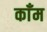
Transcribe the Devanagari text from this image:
काँम